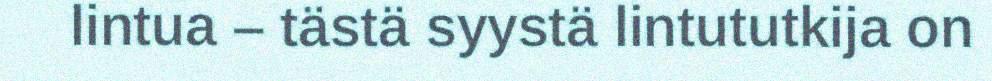
lintua – tästä syystä lintututkija on